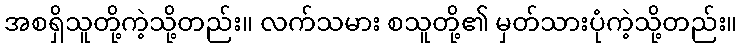
အစရှိသူတို့ကဲ့သို့တည်း။ လက်သမား စသူတို့၏ မှတ်သားပုံကဲ့သို့တည်း။